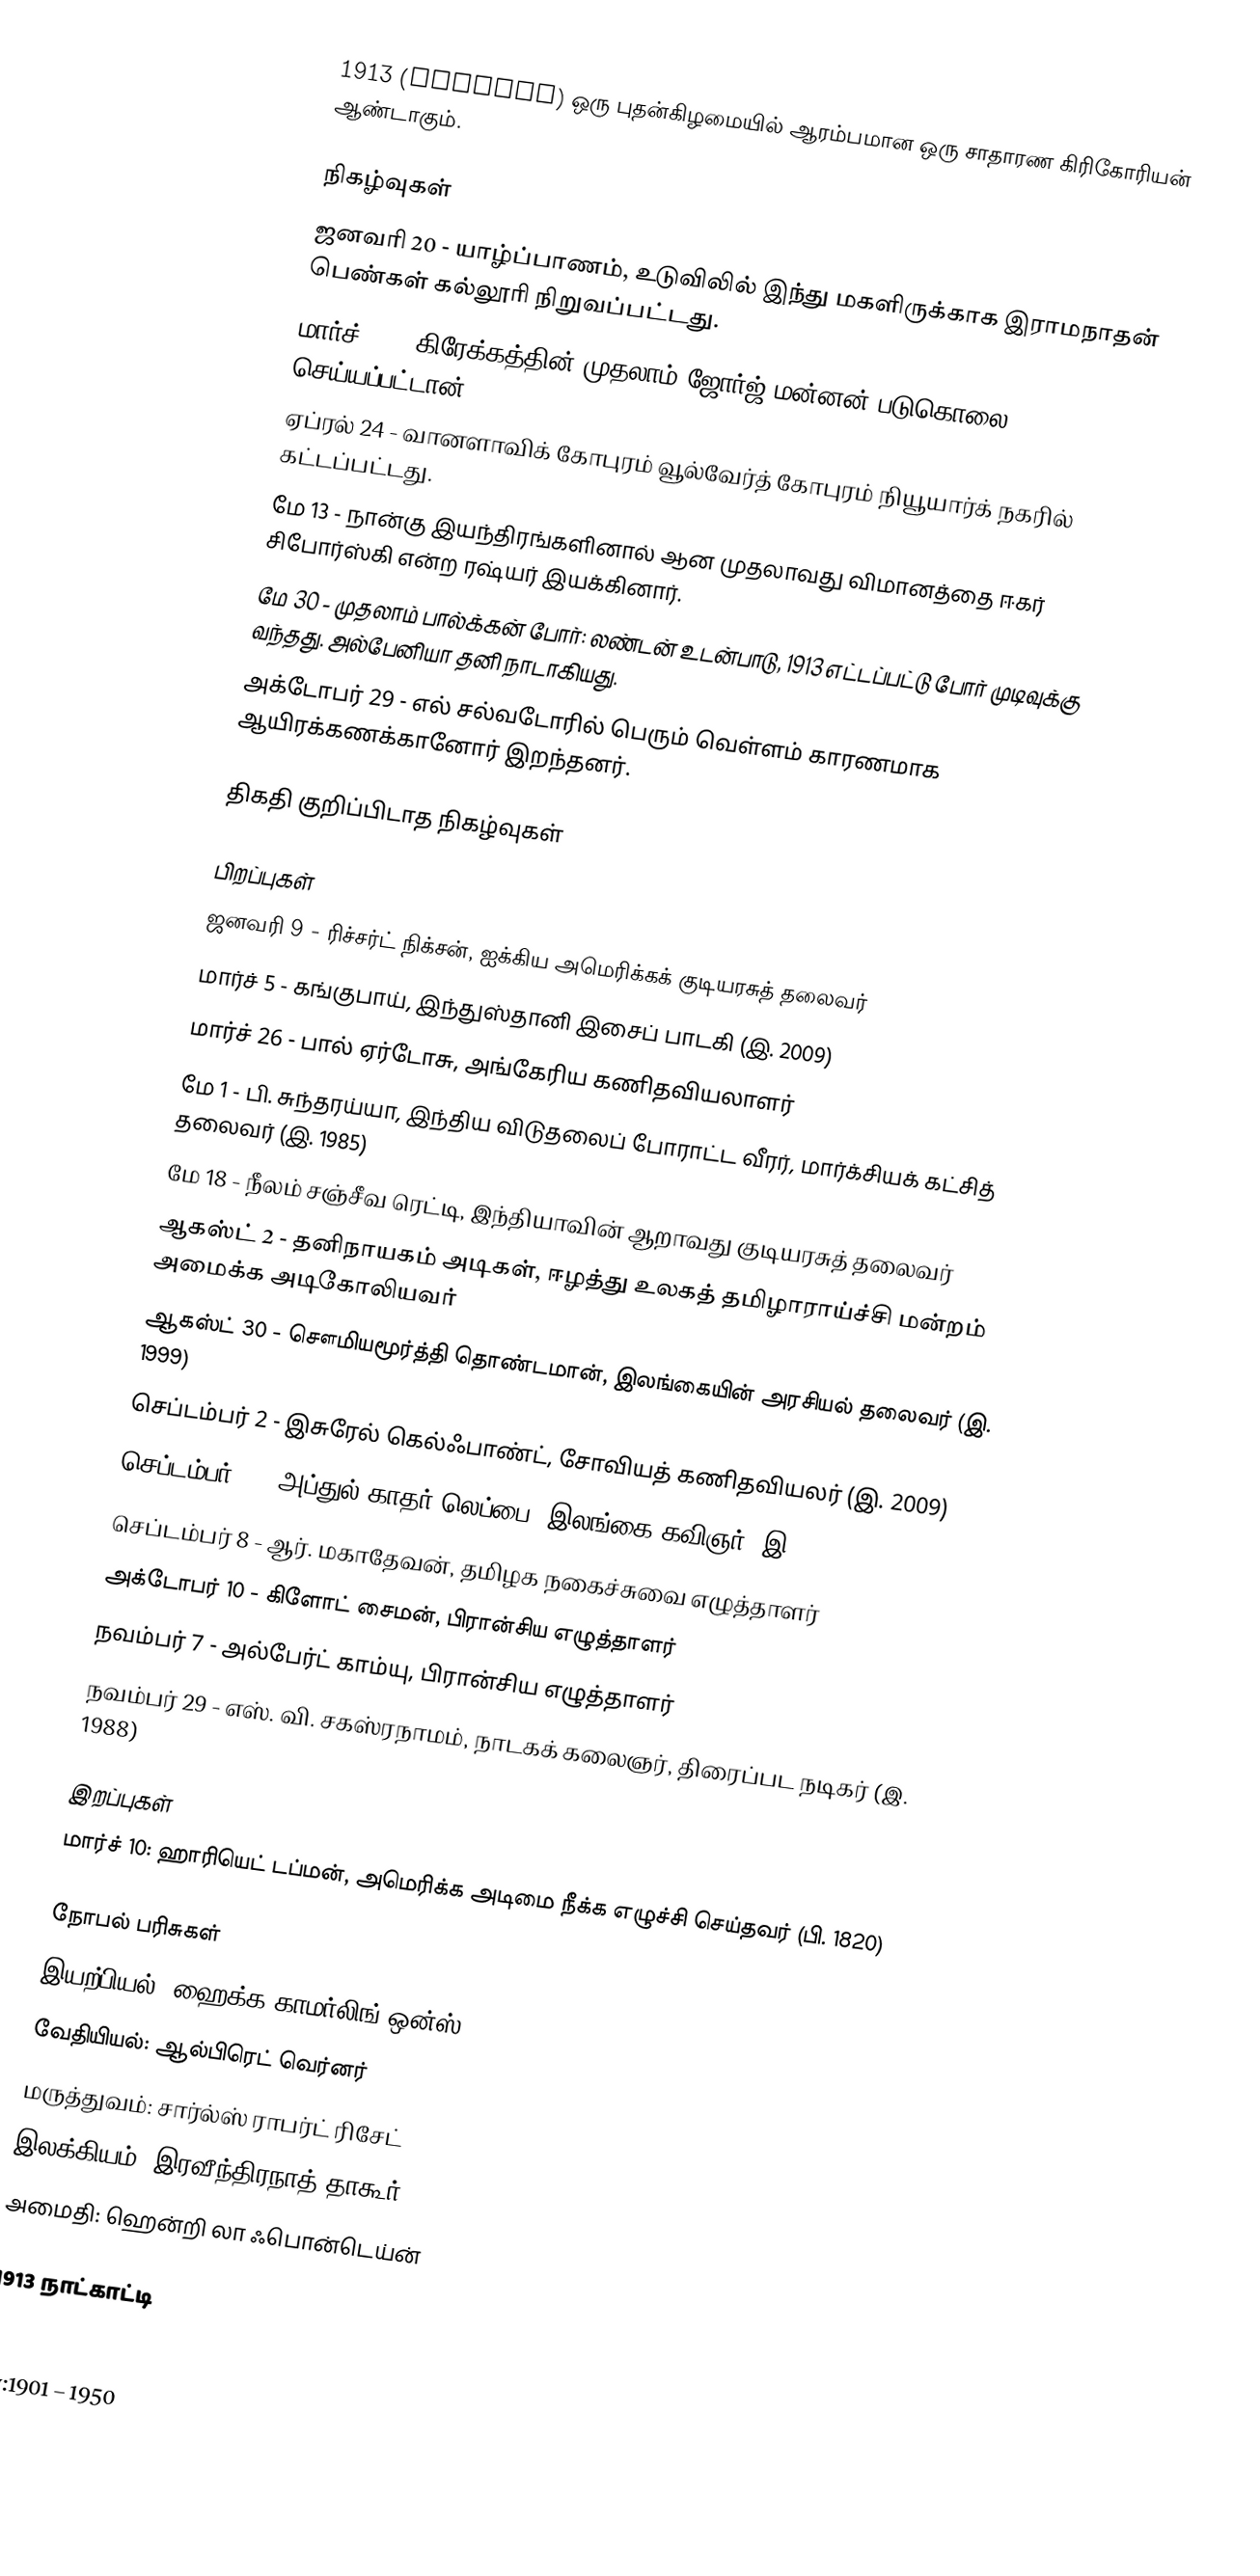
1913 (MCMXIII) ஒரு புதன்கிழமையில் ஆரம்பமான ஒரு சாதாரண கிரிகோரியன் ஆண்டாகும்.

நிகழ்வுகள்
 ஜனவரி 20 - யாழ்ப்பாணம், உடுவிலில் இந்து மகளிருக்காக இராமநாதன் பெண்கள் கல்லூரி நிறுவப்பட்டது.
 மார்ச் 18 - கிரேக்கத்தின் முதலாம் ஜோர்ஜ் மன்னன் படுகொலை செய்யப்பட்டான்.
 ஏப்ரல் 24 - வானளாவிக் கோபுரம் வூல்வேர்த் கோபுரம் நியூயார்க் நகரில் கட்டப்பட்டது.
 மே 13 - நான்கு இயந்திரங்களினால் ஆன முதலாவது விமானத்தை ஈகர் சிபோர்ஸ்கி என்ற ரஷ்யர் இயக்கினார்.
 மே 30 - முதலாம் பால்க்கன் போர்: லண்டன் உடன்பாடு, 1913 எட்டப்பட்டு போர் முடிவுக்கு வந்தது. அல்பேனியா தனி நாடாகியது.
 அக்டோபர் 29 - எல் சல்வடோரில் பெரும் வெள்ளம் காரணமாக ஆயிரக்கணக்கானோர் இறந்தனர்.

திகதி குறிப்பிடாத நிகழ்வுகள்

பிறப்புகள்
 ஜனவரி 9 - ரிச்சர்ட் நிக்சன், ஐக்கிய அமெரிக்கக் குடியரசுத் தலைவர்
 மார்ச் 5 - கங்குபாய், இந்துஸ்தானி இசைப் பாடகி (இ. 2009)
 மார்ச் 26 - பால் ஏர்டோசு, அங்கேரிய கணிதவியலாளர்
 மே 1 - பி. சுந்தரய்யா, இந்திய விடுதலைப் போராட்ட வீரர், மார்க்சியக் கட்சித் தலைவர் (இ. 1985)
 மே 18 - நீலம் சஞ்சீவ ரெட்டி, இந்தியாவின் ஆறாவது குடியரசுத் தலைவர்
 ஆகஸ்ட் 2 - தனிநாயகம் அடிகள், ஈழத்து உலகத் தமிழாராய்ச்சி மன்றம் அமைக்க அடிகோலியவர்
 ஆகஸ்ட் 30 - சௌமியமூர்த்தி தொண்டமான், இலங்கையின் அரசியல் தலைவர் (இ. 1999)
 செப்டம்பர் 2 - இசுரேல் கெல்ஃபாண்ட், சோவியத் கணிதவியலர் (இ. 2009)
 செப்டம்பர் 7 - அப்துல் காதர் லெப்பை, இலங்கை கவிஞர் (இ. 1984)
 செப்டம்பர் 8 - ஆர். மகாதேவன், தமிழக நகைச்சுவை எழுத்தாளர்
 அக்டோபர் 10 - கிளோட் சைமன், பிரான்சிய எழுத்தாளர்
 நவம்பர் 7 - அல்பேர்ட் காம்யு, பிரான்சிய எழுத்தாளர்
 நவம்பர் 29 - எஸ். வி. சகஸ்ரநாமம், நாடகக் கலைஞர், திரைப்பட நடிகர் (இ. 1988)

இறப்புகள்
 மார்ச் 10: ஹாரியெட் டப்மன், அமெரிக்க அடிமை நீக்க எழுச்சி செய்தவர் (பி. 1820)

நோபல் பரிசுகள்
 இயற்பியல்: ஹைக்க காமர்லிங்-ஒன்ஸ்
 வேதியியல்: ஆல்பிரெட் வெர்னர்
 மருத்துவம்: சார்ல்ஸ் ராபர்ட் ரிசேட்
 இலக்கியம்: இரவீந்திரநாத் தாகூர்
 அமைதி: ஹென்றி லா ஃபொன்டெய்ன்

1913 நாட்காட்டி

nv:1901 – 1950